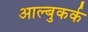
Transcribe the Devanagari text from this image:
आल्बुकर्क